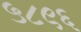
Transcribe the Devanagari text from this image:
५८९६